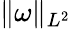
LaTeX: \Vert\omega\Vert_{L^{2}}